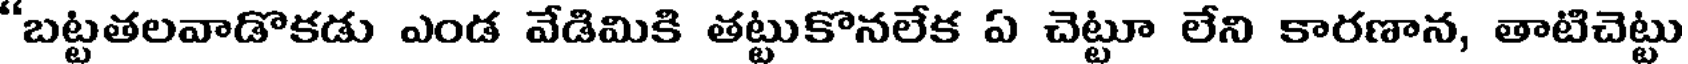
'బట్టతలవాడొకడు ఎండ వేడిమికి తట్టుకొనలేక ఏ చెట్టూ లేని కారణాన, తాటిచెట్టు